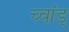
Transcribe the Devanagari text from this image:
च्वांड्